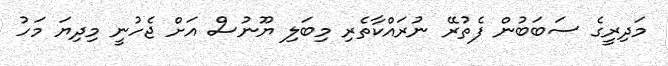
މަދިރީގެ ސަބަބުން ފެތުރޭ ނުރައްކާތެރި މިބަލި ޔޫނުސް އަށް ޖެހުނީ މިދިޔަ މަހު